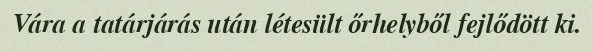
Vára a tatárjárás után létesült őrhelyből fejlődött ki.